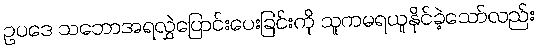
ဥပဒေ သဘောအရလွှဲပြောင်းပေးခြင်းကို သူကမရယူနိုင်ခဲ့သော်လည်း